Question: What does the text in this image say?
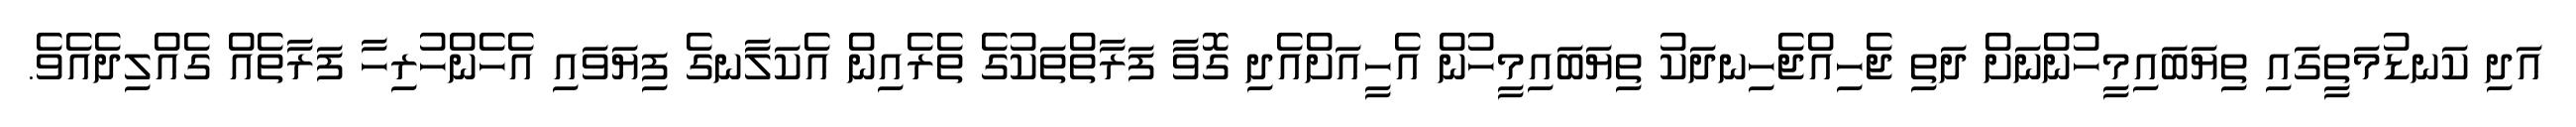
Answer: އަދި ކަނޑުމަތީގައި ތިޔަބައިމީހުންނަށް ދަތި ޖެހިއްޖެހިނދަކު ތިޔަބައިމީހުން އެހީއަށްއެދި ގޮވާ ފަރާތްތަކުގެ ތެރެއިން އެކަލާނގެ ފިޔަވައި އެހެންހުރިހާ ފަރާތެއް ގެއްލިދެއެވެ.